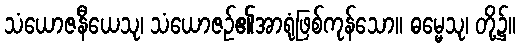
သံယောဇနီယေသု၊ သံယောဇဉ်၏အာရုံဖြစ်ကုန်သော။ ဓမ္မေသု၊ တို့၌။